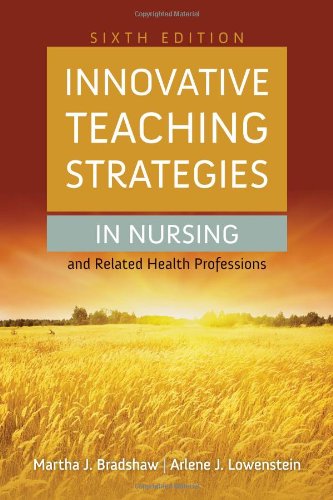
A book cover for Innovative Teaching Strategies In Nursing And Related Health Professions (Bradshaw, Innovative Teaching Strategies in Nursing and Related Health Professions); Martha Bradshaw; Medical Books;